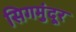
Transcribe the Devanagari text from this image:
सिगमुंदूर